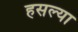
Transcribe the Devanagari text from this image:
हसल्या